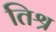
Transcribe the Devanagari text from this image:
तिश्र